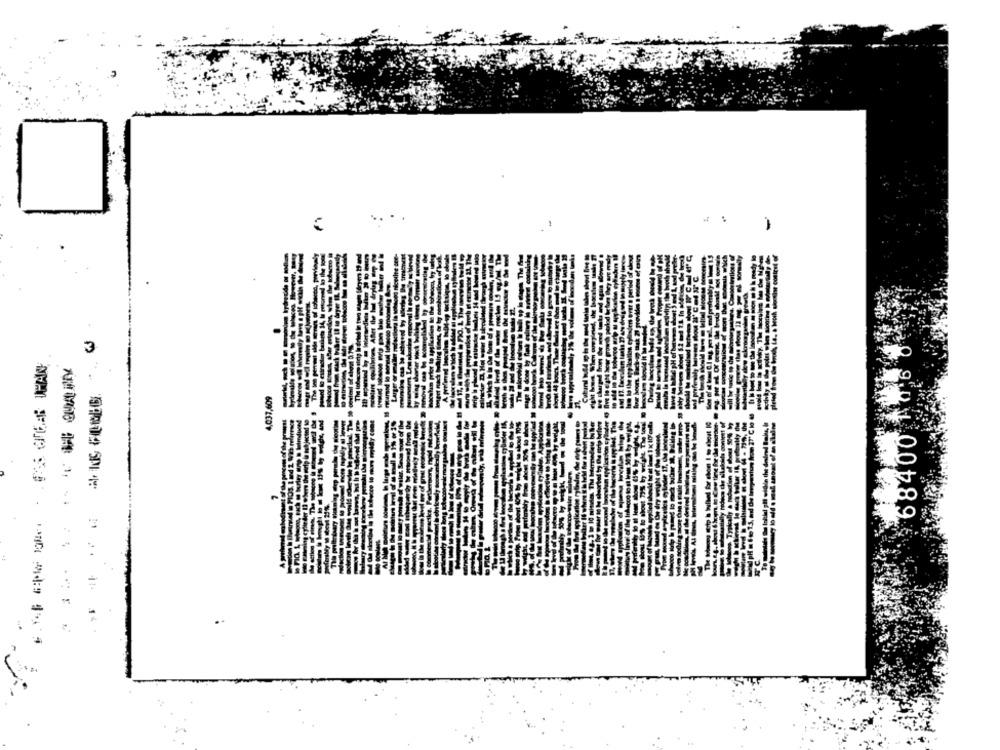
3
8400
609'LCD
TY